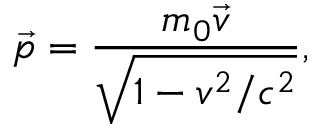
{ \vec { p } } = { \frac { m _ { 0 } { \vec { v } } } { \sqrt { 1 - v ^ { 2 } / c ^ { 2 } } } } ,